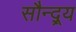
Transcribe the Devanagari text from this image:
सौन्द्र्य